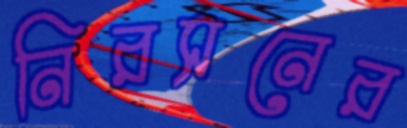
নিরসনের